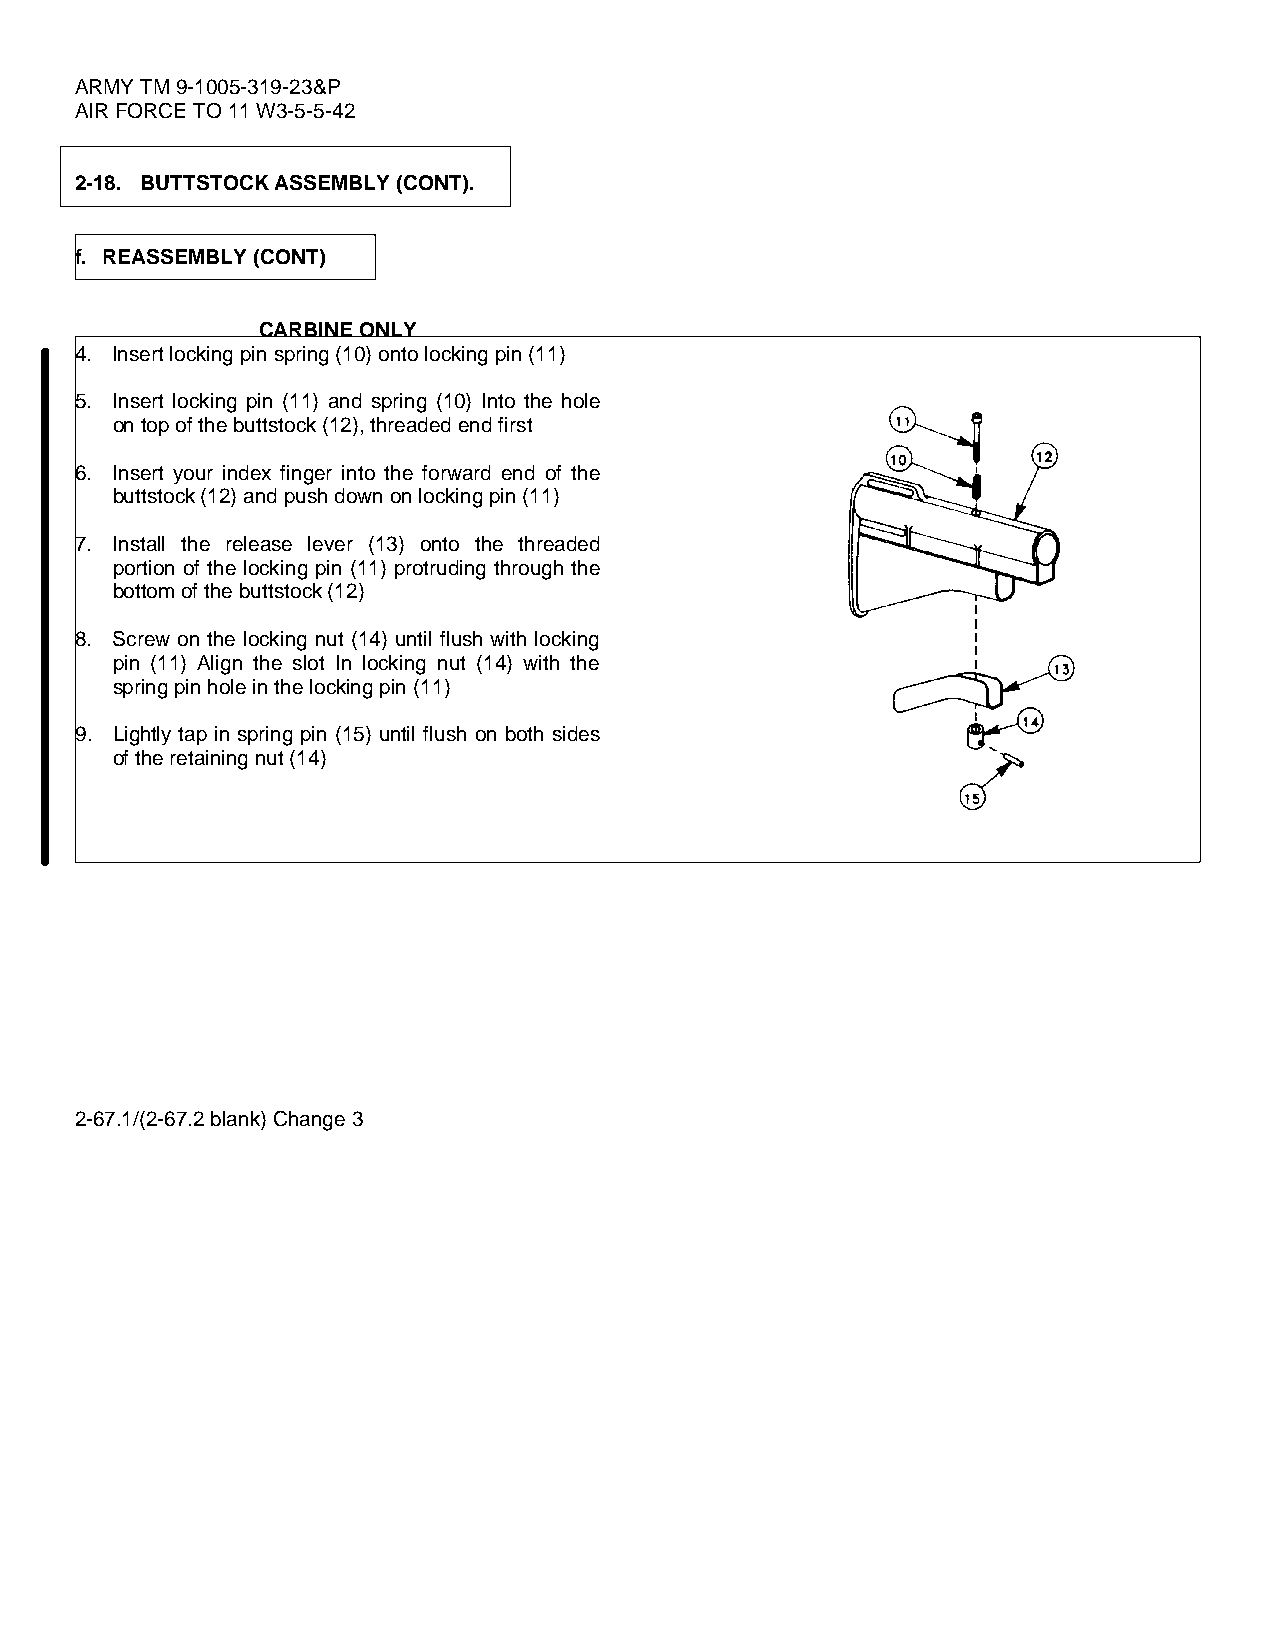
ARMY TM 9-1005-319-23&P
 AIR FORCE TO 11 W3-5-5-42
 2-18. BUTTSTOCK ASSEMBLY (CONT).
 f. REASSEMBLY (CONT)
 CARBINE ONLY
 4. Insert locking pin spring (10) onto locking pin (11)
 5. Insert locking pin (11) and spring (10) Into the hole
 on top of the buttstock (12), threaded end first
 6. Insert your index finger into the forward end of the
 buttstock (12) and push down on locking pin (11)
 7. Install the release lever (13) onto the threaded
 portion of the locking pin (11) protruding through the
 bottom of the buttstock (12)
 8. Screw on the locking nut (14) until flush with locking
 pin (11) Align the slot In locking nut (14) with the
 spring pin hole in the locking pin (11)
 9. Lightly tap in spring pin (15) until flush on both sides
 of the retaining nut (14)
 2-67.1/(2-67.2 blank) Change 3